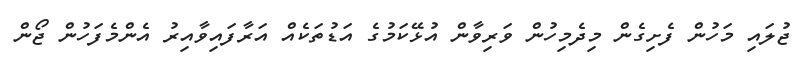
ޖުލައި މަހުން ފެށިގެން މިދެމިހުން ވަރިވާން އުޅޭކަމުގެ އަޑުތަކެއް އަރާފައިވާއިރު އެންމެފަހުން ޖޯން